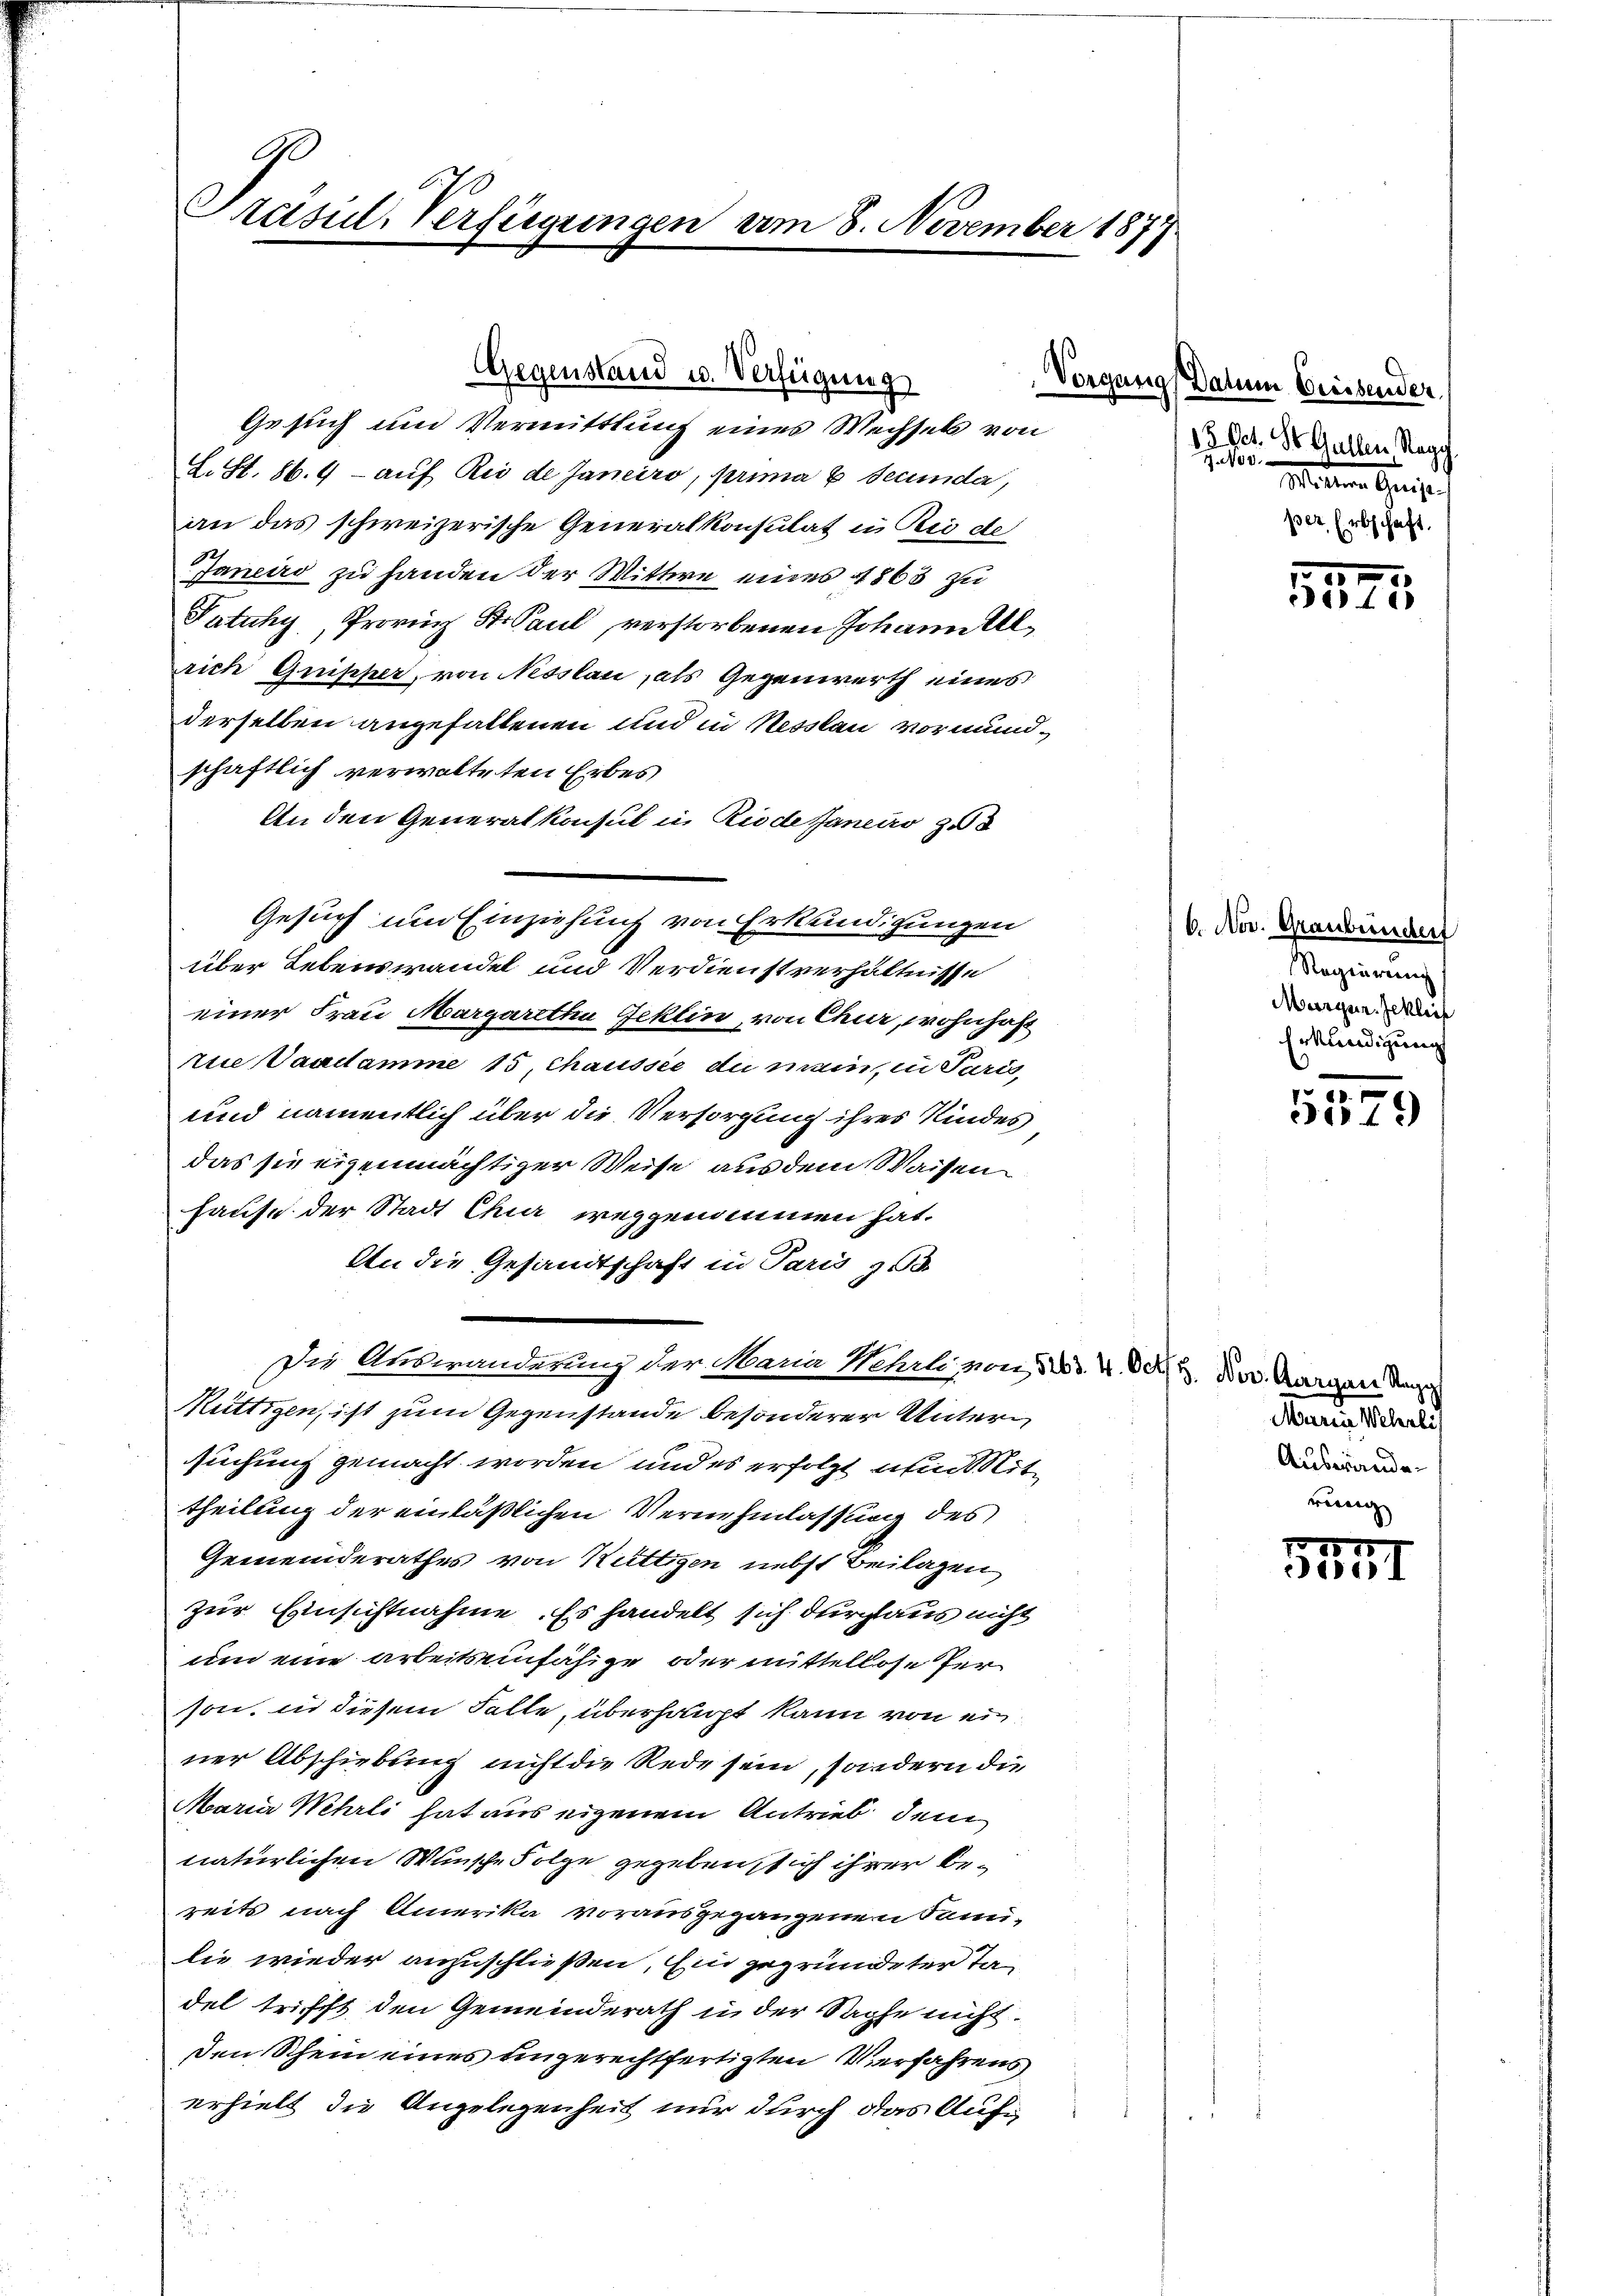
G
Prasul-Verfügungen am 8. November 1877.

Gegenstand u. Verfügung
Vorgen
Gesuch und Vermittlung eines Wechsels von

L. St. 86. 9 - auf Rio de Janeiro, prima 6 Secunda,
an das schweizerische Generalkonsulat in Rio de
Janeiro zu handen der Wittwe eines 1863 zu
Patuhy, Provinz St. Paul verstorbenen Johanntl
rich Quischer, von Nesslau, als Gegenwerth eines
derselben angefallenen und in Nesslau vormundschaftlich verwalteten Erbes
An den Generalkonsul in Riode Janeiro 258
Gesuch um Einziehung von Erkundigungen
über Lebenswandel und Verdienstverhältnisse
einer Frau Margaretha Geklin, von Chur, wohnhaft
rue Vandamme 15, Chaussie du mein, in Paris,
und namentlich über die Versorgung ihres Kindes
das sie eigenmächtiger Weise aus dem Waisen
Hause der Stadt Chur weggenommen hat.
An die Gesandtschaft in Paris zu
Die Auswanderung der Mana Wehrli, von 33. 4. Oct. Nov. Aargau dan
Müttigen, ist zum Gegenstände besonderer Untersuchung gemacht worden, und es erfolgt am Mit
theilung der einläßlichen Vernehmlassung des
Gemeinderathes von Rüttigen nebst Beilagen
zur Einsichtnahme. Es handelt sich durchaus nicht
um eine arbeitsunfähige oder mittellose Person, in diesem Falle, überhaupt kann von ein
ner Abschiebung nicht die Rede sein, sondern die
Maria Wehrli hat aus eigenem Antrieb dem
natürlichen Wünsche Folge gegeben sich ihrer Bereits nach Amerika vorausgegangenen Sani-
lie wieder anzuschließen, Ein gegründeter Tadel trifft den Gemeinderath in der Sache nicht.
den Schein eines ungerechtfertigten Verfahrens
erhielt die Angelegenheit nur durch das Aufe
e
d

Datum Preisender
15. Oct. St. Gallen Ragg
2
Mienen Gegen,
per Erbschaft.

7
5310

6. Nov. Graubündert
Regierung
Murger. Jcklich
Erkundigung

r
319

Maria Weberli
Auswander
rung

5
51